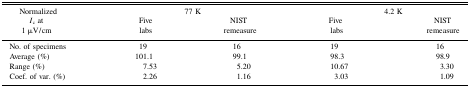
<table><thead><tr><td rowspan="2"><b>Normalized <i>I</i><sub>c</sub> at 1 μV/cm</b></td><td colspan="2"><b>77 K</b></td><td colspan="2"><b>4.2 K</b></td></tr><tr><td><b>Five labs</b></td><td><b>NIST remeasure</b></td><td><b>Five labs</b></td><td><b>NIST remeasure</b></td></tr></thead><tbody><tr><td>No. of specimens</td><td>19</td><td>16</td><td>19</td><td>16</td></tr><tr><td>Average (%)</td><td>101.1</td><td>99.1</td><td>98.3</td><td>98.9</td></tr><tr><td>Range (%)</td><td>7.53</td><td>5.20</td><td>10.67</td><td>3.30</td></tr><tr><td>Coef. of var. (%)</td><td>2.26</td><td>1.16</td><td>3.03</td><td>1.09</td></tr></tbody></table>